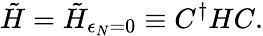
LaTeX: \tilde{H}=\tilde{H}_{\epsilon_{N}=0}\equiv C^{\dagger}HC.